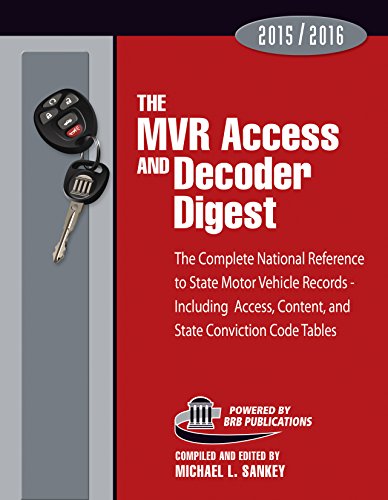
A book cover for The Sourcebook to Public Record Information: The Comprensive Guide to County, State, and Federal Public Record Sources; Michael Sankey; Law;